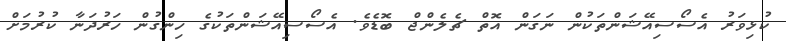
ކުޅިވަރު އެސޯސިއޭޝަންތަކުން ނަގަން އޮތް ޗެލެންޖް ބޮޑެވެ. އެސޯސިއޭޝަންތަކުގެ ހިންގުން ހަރުދަނާ ކުރުމަށް